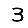
Digit: 3